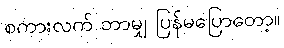
စကားလက် ဘာမျှ ပြန်မပြောတော့။